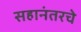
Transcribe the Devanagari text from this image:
सहानंतरचे